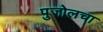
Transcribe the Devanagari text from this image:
पुजोलचा